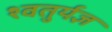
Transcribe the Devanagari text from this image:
श्वतुर्यज्ञ